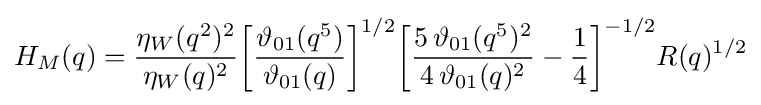
H_{M}(q)={\frac {\eta _{W}(q^{2})^{2}}{\eta _{W}(q)^{2}}}{\biggl [}{\frac {\vartheta _{01}(q^{5})}{\vartheta _{01}(q)}}{\biggr ]}^{1/2}{\biggl [}{\frac {5\,\vartheta _{01}(q^{5})^{2}}{4\,\vartheta _{01}(q)^{2}}}-{\frac {1}{4}}{\biggr ]}^{-1/2}R(q)^{1/2}